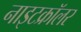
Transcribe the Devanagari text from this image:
नाइटक्रॉलर